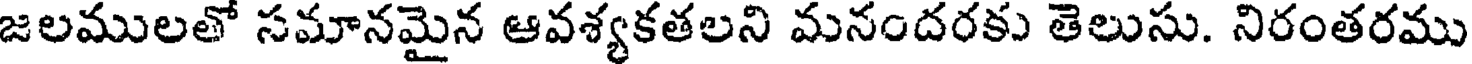
జలములతో సమానమైన ఆవశ్యకతలని మనందరకు తెలుసు. నిరంతరము